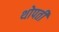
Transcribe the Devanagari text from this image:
थोपती